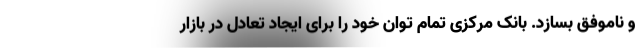
و ناموفق بسازد. بانک مرکزی تمام توان خود را برای ایجاد تعادل در بازار